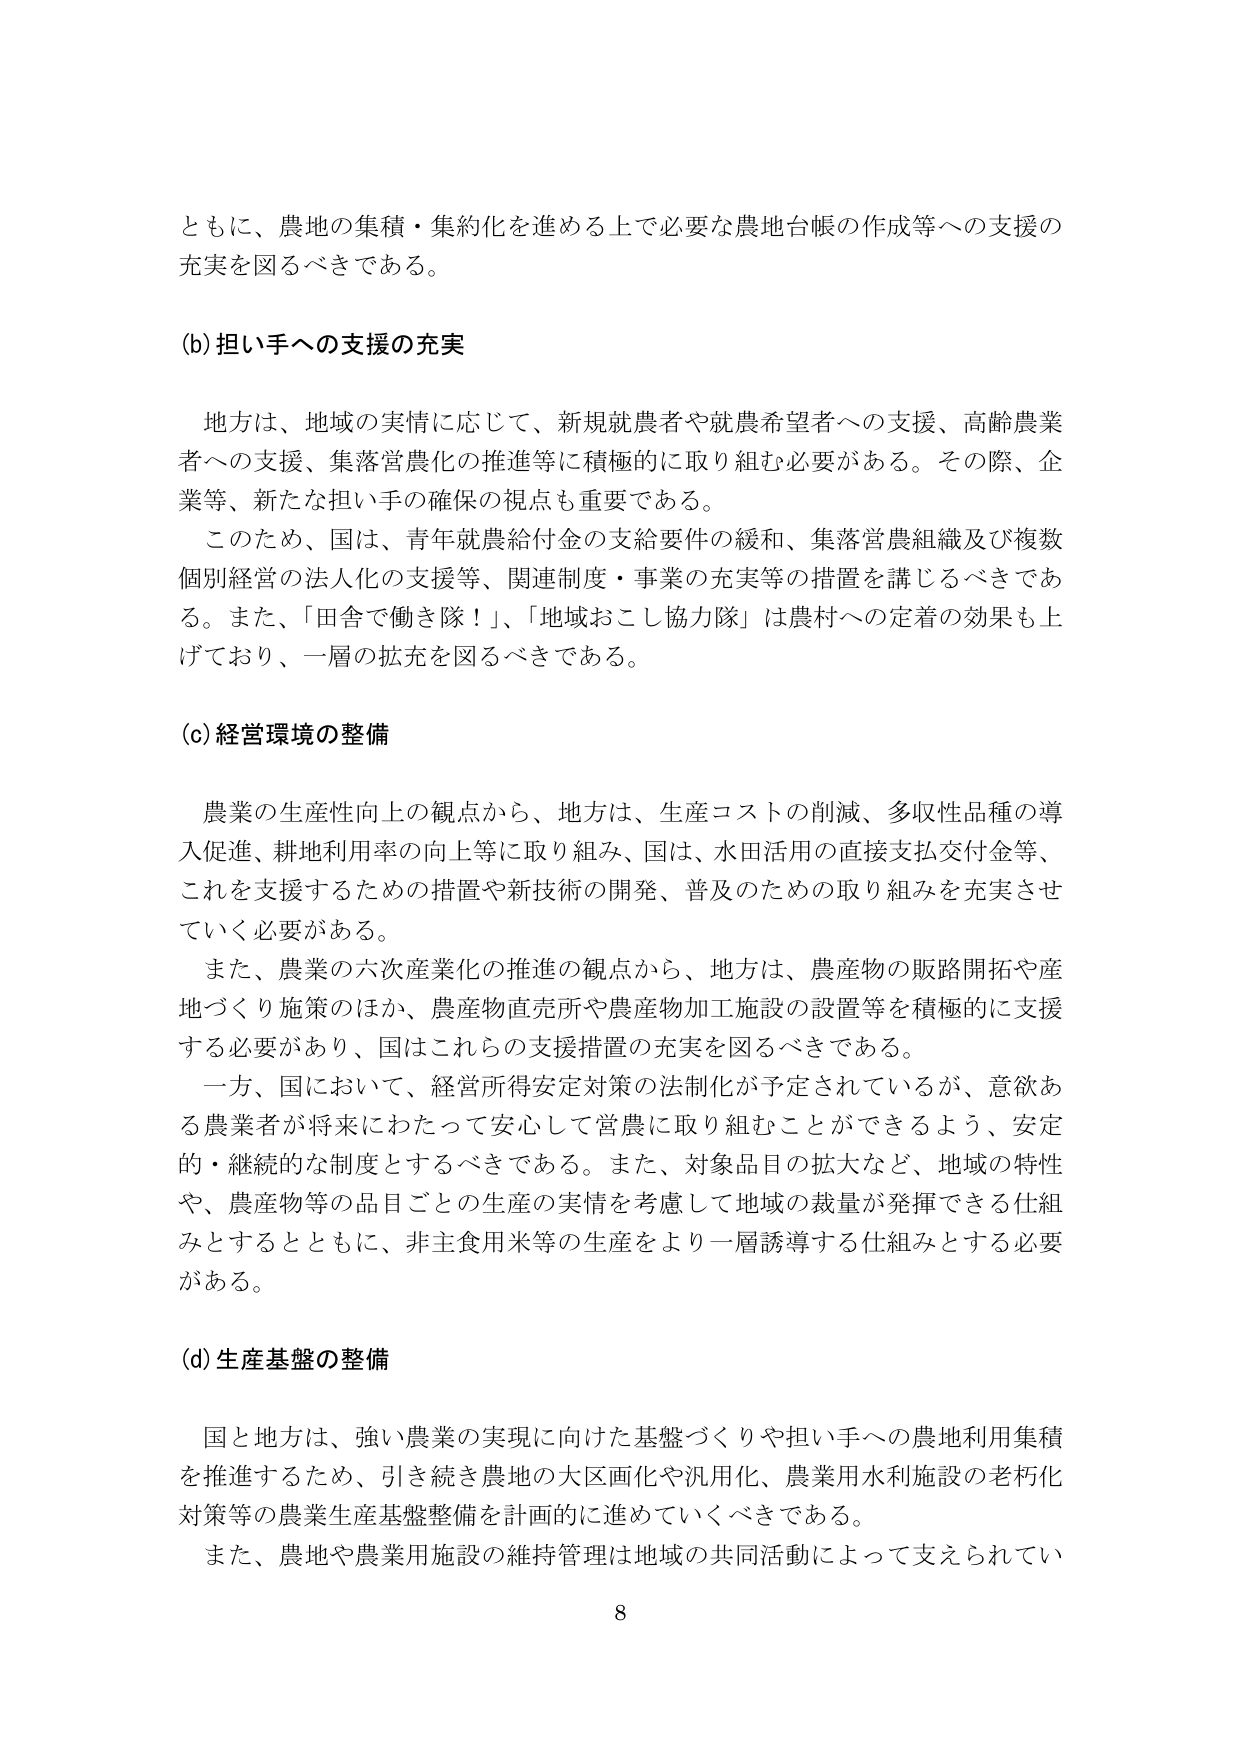
ともに、農地の集積・集約化を進める上で必要な農地台帳の作成等への支援の充実を図るべきである。

(b) 担い手への支援の充実

地方は、地域の実情に応じて、新規就農者や就農希望者への支援、高齢農業者への支援、集落営農化の推進等に積極的に取り組む必要がある。その際、企業等、新たな担い手の確保の視点も重要である。

このため、国は、青年就農給付金の支給要件の緩和、集落営農組織及び複数個別経営の法人化の支援等、関連制度・事業の充実等の措置を講じるべきである。また、「田舎で働き隊！」、「地域おこし協力隊」は農村への定着の効果も上げており、一層の拡充を図るべきである。

(c) 経営環境の整備

農業の生産性向上の観点から、地方は、生産コストの削減、多収性品種の導入促進、耕地利用率の向上等に取り組み、国は、水田活用の直接支払交付金等、これを支援するための措置や新技術の開発、普及のための取り組みを充実させていく必要がある。

また、農業の六次産業化の推進の観点から、地方は、農産物の販路開拓や産地づくり施策のほか、農産物直売所や農産物加工施設の設置等を積極的に支援する必要があり、国はこれらの支援措置の充実を図るべきである。

一方、国において、経営所得安定対策の法制化が予定されているが、意欲ある農業者が将来にわたって安心して営農に取り組むことができるよう、安定的・継続的な制度とするべきである。また、対象品目の拡大など、地域の特性や、農産物等の品目ごとの生産の実情を考慮して地域の裁量が発揮できる仕組みとするとともに、非主食用米等の生産をより一層誘導する仕組みとする必要がある。

(d) 生産基盤の整備

国と地方は、強い農業の実現に向けた基盤づくりや担い手への農地利用集積を推進するため、引き続き農地の大区画化や汎用化、農業用水利施設の老朽化対策等の農業生産基盤整備を計画的に進めていくべきである。

また、農地や農業用施設の維持管理は地域の共同活動によって支えられてい

8